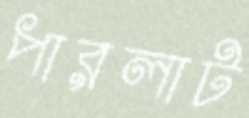
পারলাট